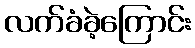
လက်ခံခဲ့ကြောင်း